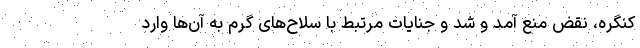
کنگره، نقض منع آمد و شد و جنایات مرتبط با سلاح‌های گرم به آن‌ها وارد